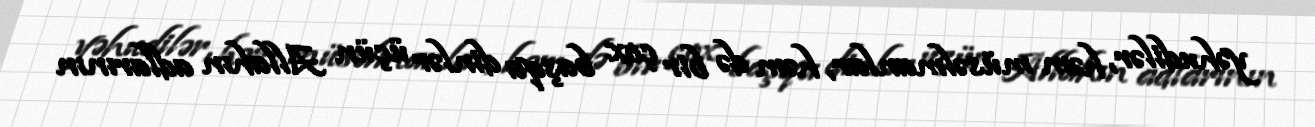
yəhudilər, həm müsəlmanlar, həm də bir çox başqa dinlər üçün Allahın adlarının